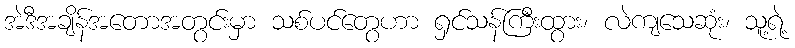
အဲဒီအချိန်အတောအတွင်းမှာ သစ်ပင်တွေဟာ ရှင်သန်ကြီးထွား၊ လဲကျသေဆုံး၊ သူ့ရဲ့